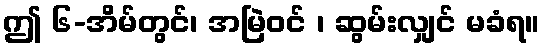
ဤ ၆-အိမ်တွင်၊ အမြဲဝင် ၊ ဆွမ်းလျှင် မခံရ။